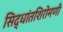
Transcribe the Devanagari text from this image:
सिद्धांतशिरोमणी